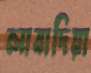
লাবাদিয়া